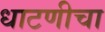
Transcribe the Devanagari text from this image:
धाटणीचा